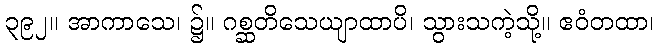
၃၉၂။ အာကာသေ၊ ၌။ ဂစ္ဆတိသေယျာထာပိ၊ သွားသကဲ့သို့။ ဧဝံတထာ၊